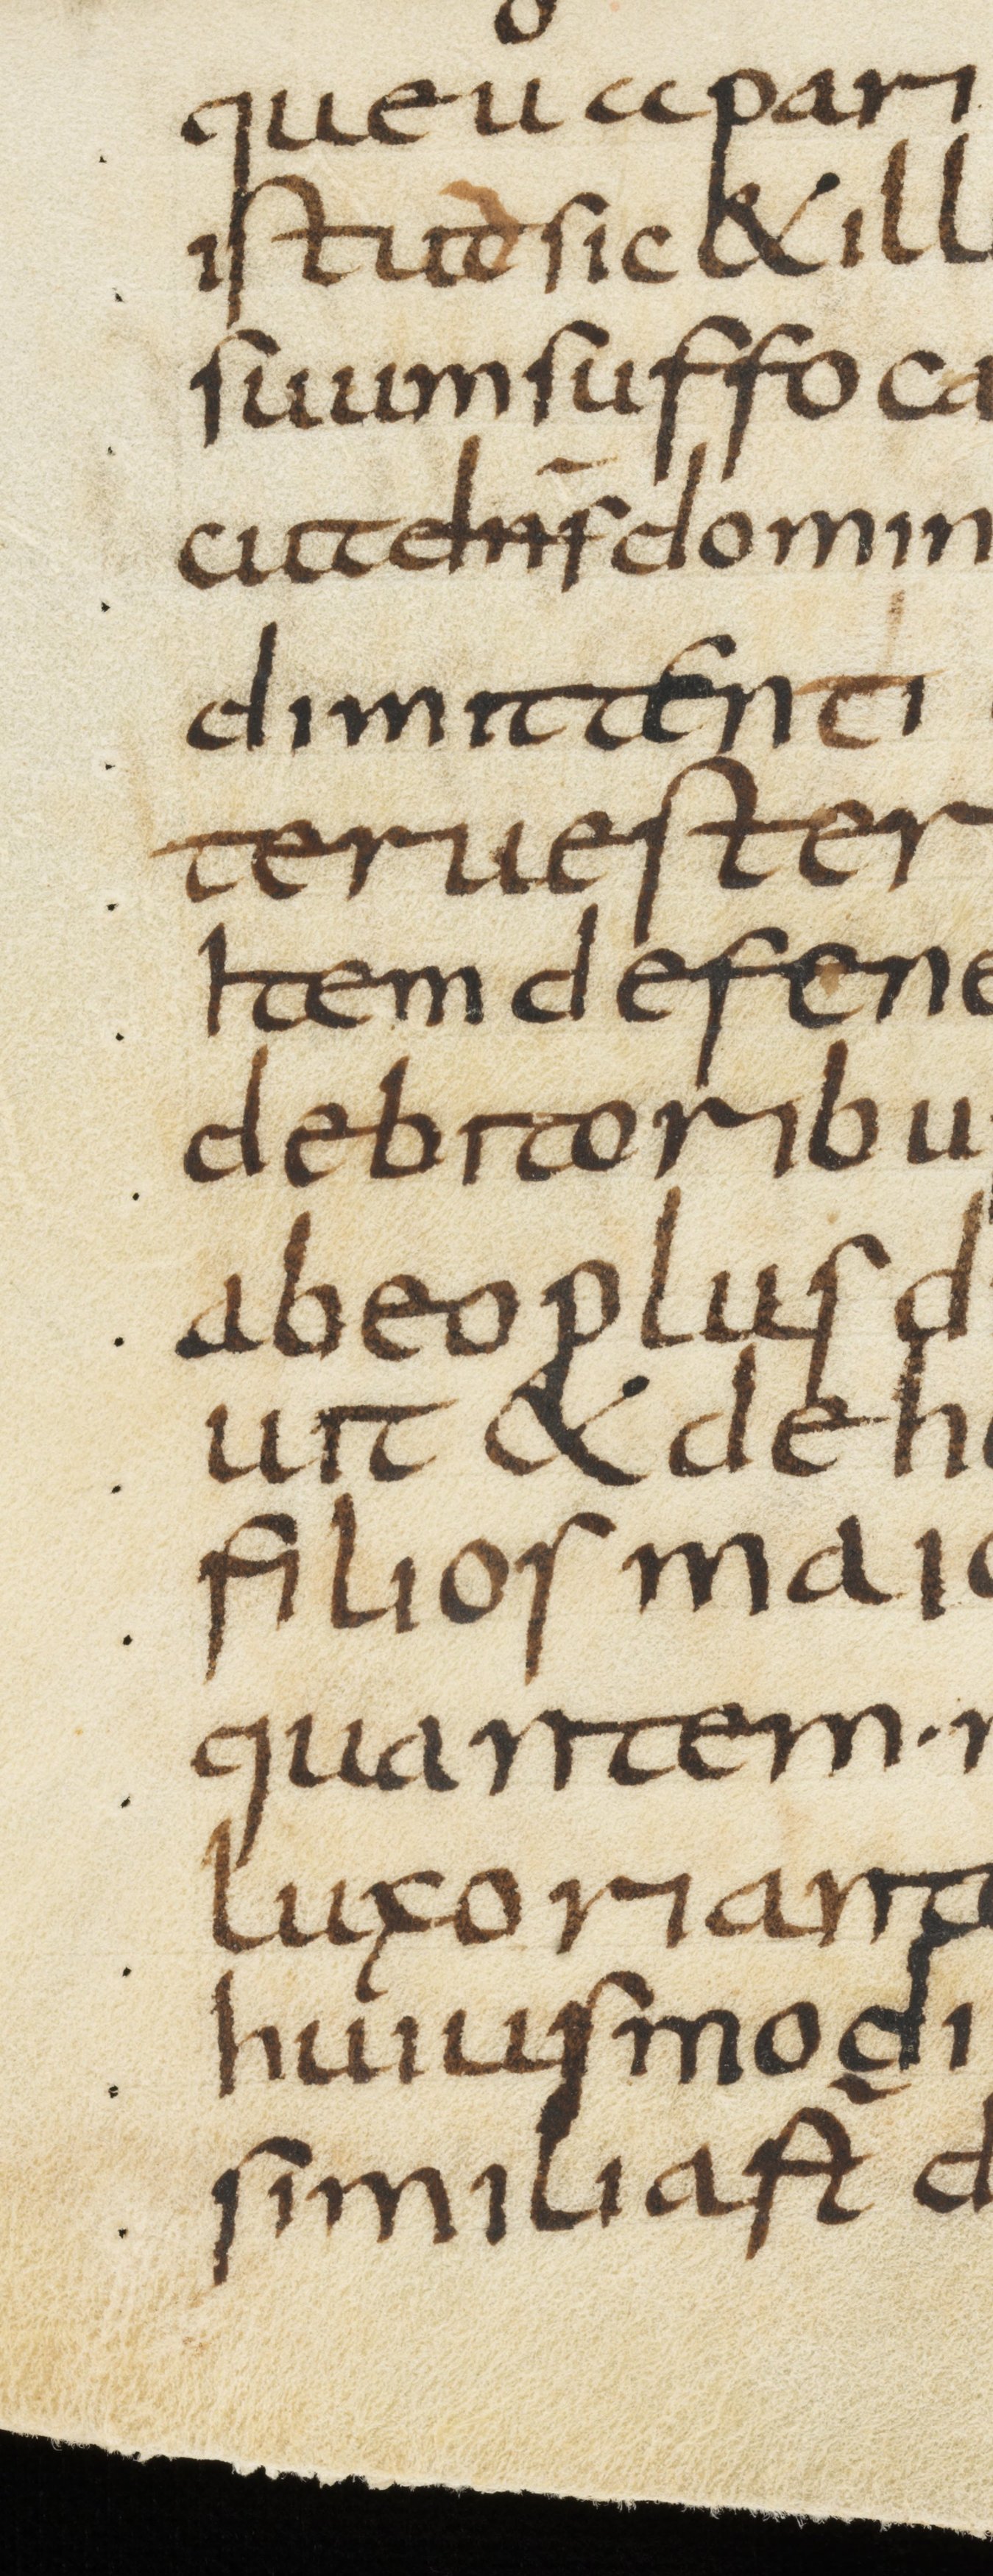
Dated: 800–899